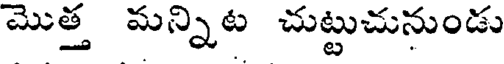
మొత్త మన్నిట చుట్టుచునుండు